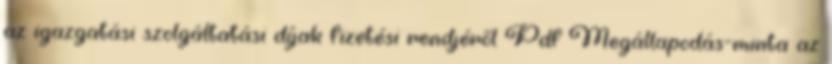
az igazgatási szolgáltatási díjak fizetési rendjéről Pdf Megállapodás-minta az